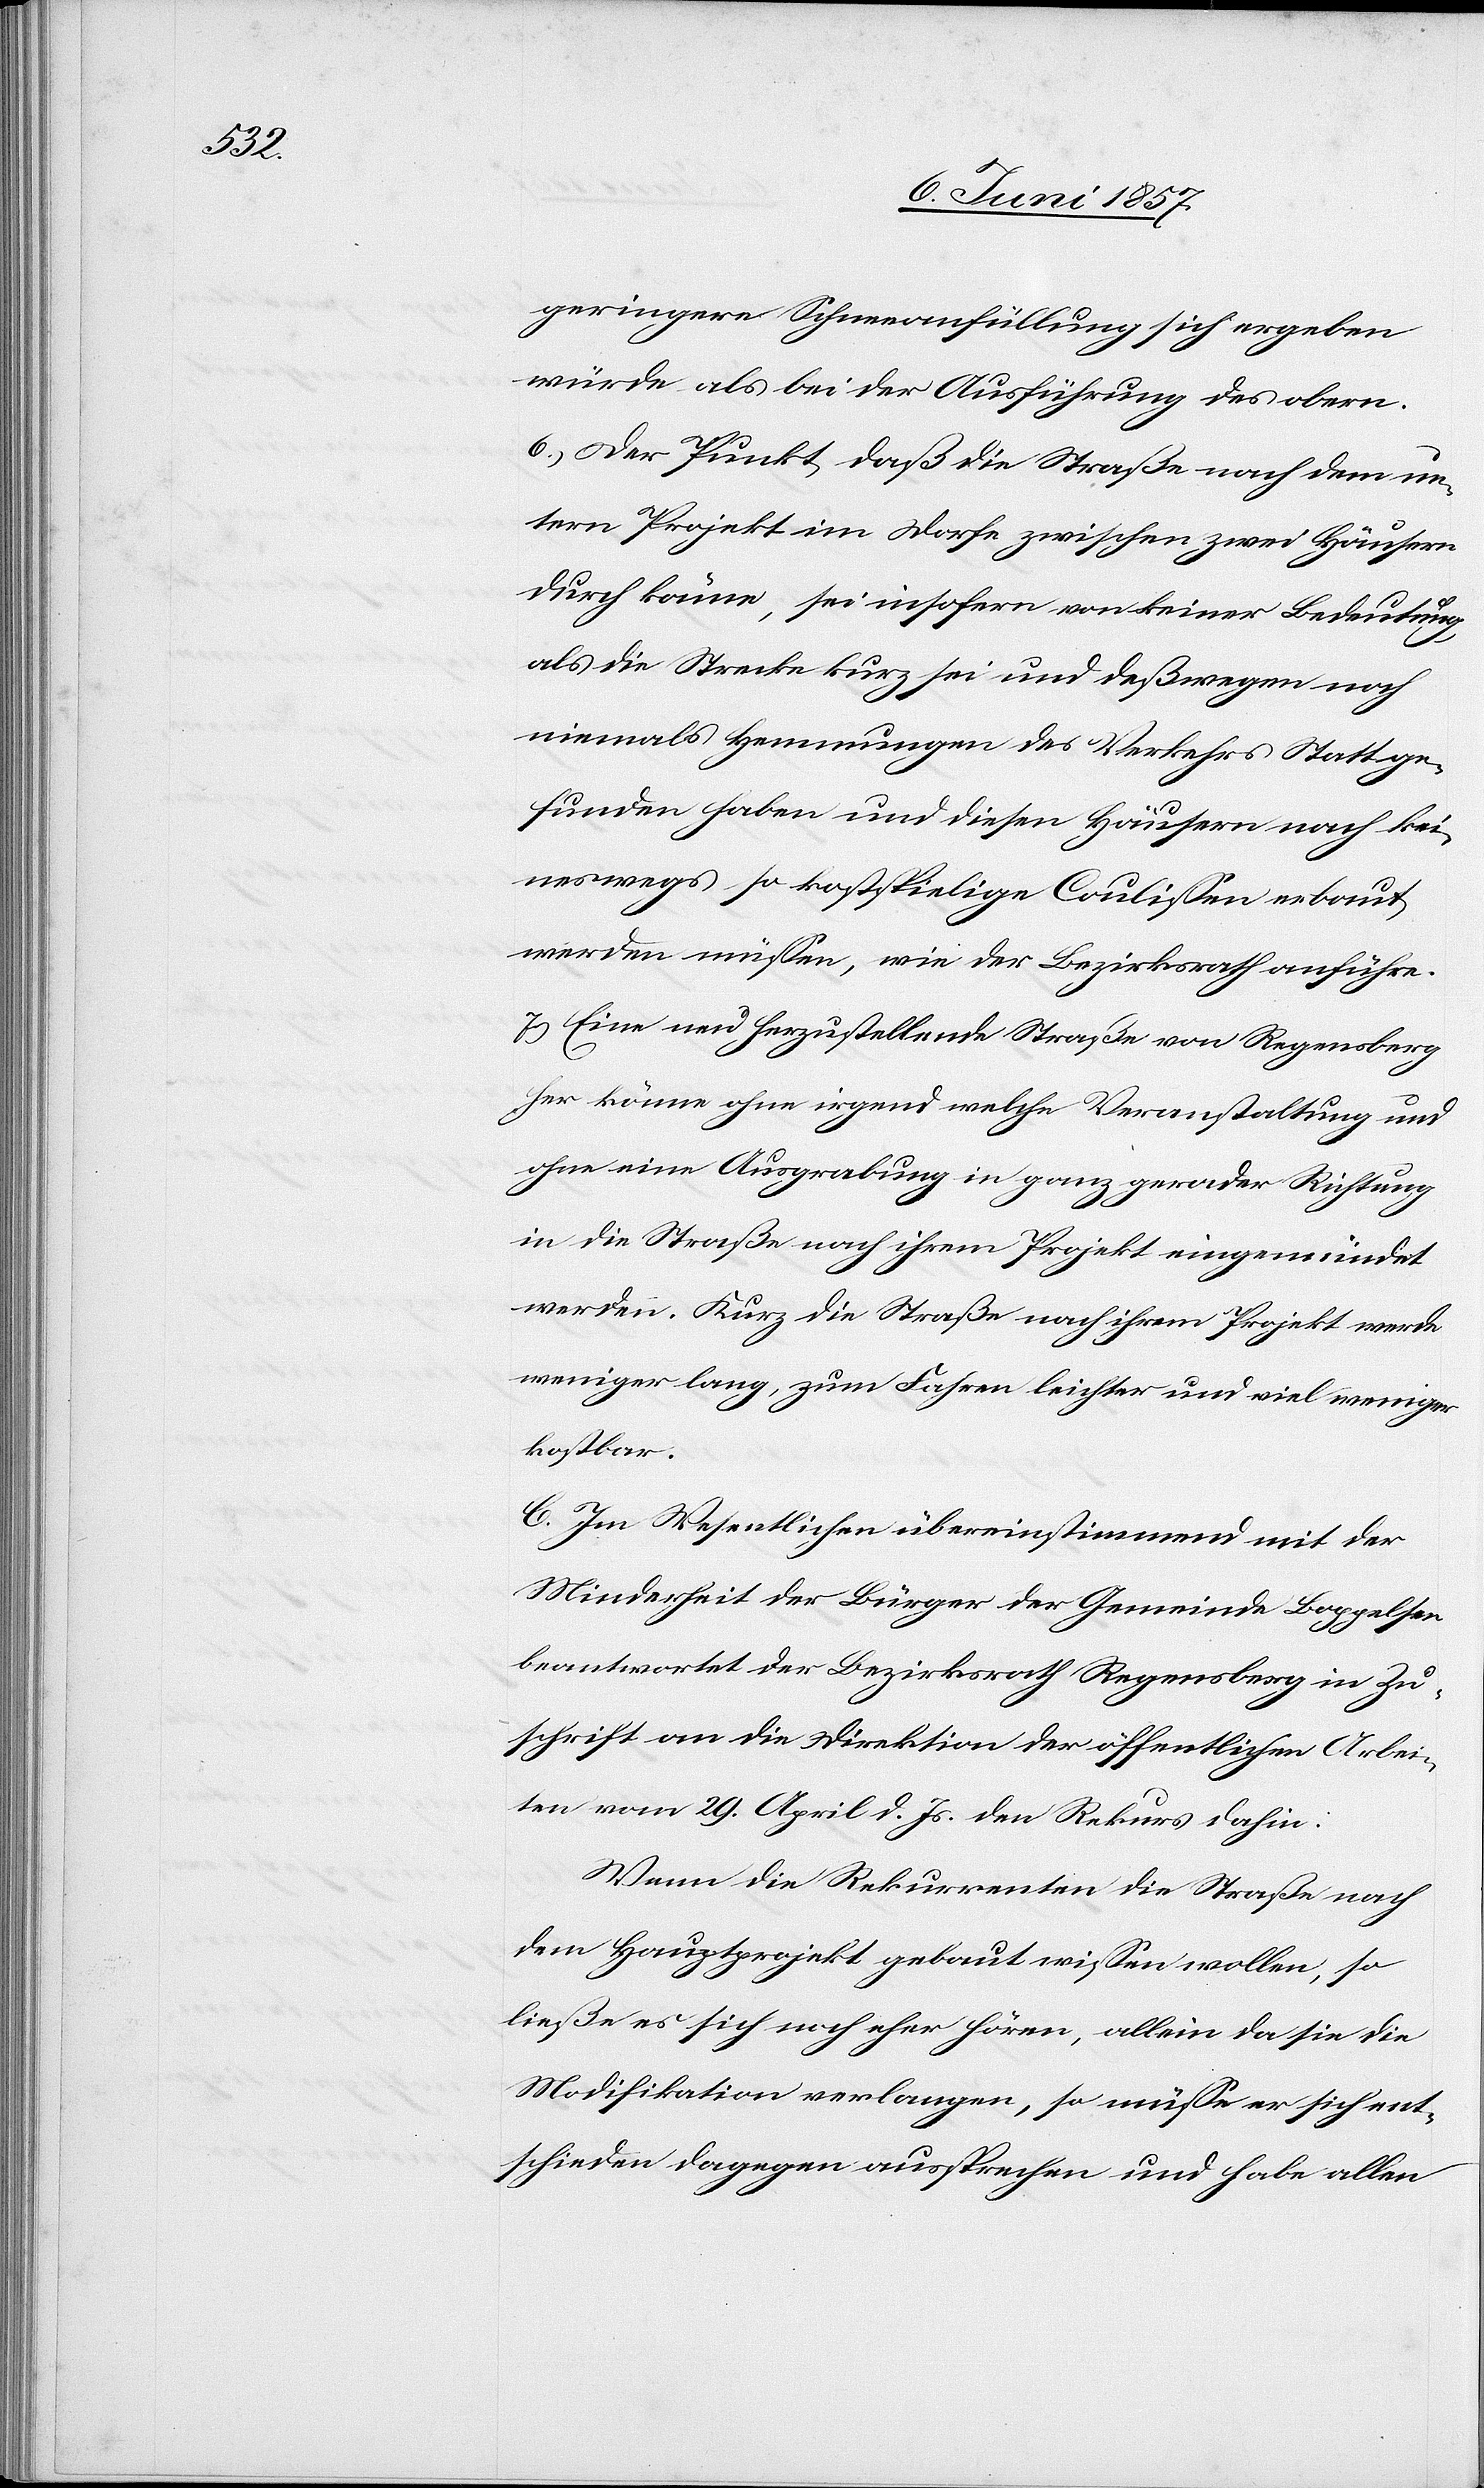
geringere Schneeanfüllung sich ergeben
würde als bei der Ausführung des obern.
6.) Der Punkt, daß die Straße nach dem un¬
tern Projekt im Dorfe zwischen zwei Häusern
durch könne, sei insofern von keiner Bedeutung,
als die Strecke kurz sei und deßwegen noch
niemals Hemmungen des Verkehrs Statt ge¬
funden haben und diesen Häusern nach kei¬
neswegs so kostspielige Coulißen erbaut
werden müßen, wie der Bezirksrath anführe.
7.) Eine neu herzustellende Straße von Regensberg
her könne ohne irgend welche Veranstaltung und
ohne eine Ausgrabung in ganz gerader Richtung
in die Straße nach ihrem Projekte eingemündet
werden. Kurz die Straße nach ihrem Projekt werde
weniger lang, zum Fahren leichter und viel weniger
kostbar.
C. Im Wesentlichen übereinstimmend mit der
Minderheit der Bürger der Gemeinde Boppelsen
beantwortet der Bezirksrath Regensberg in Zu¬
schrift an die Direktion der öffentlichen Arbei¬
ten vom 29 d. Js. den Rekurs dahin:
Wenn die Rekurrenten die Straße nach
dem Hauptprojekt gebaut wißen wollen, so
ließe es sich noch eher hören, allein da sie die
Modifikation verlangen, so müße er sich ent¬
schieden dagegen aussprechen und habe allen